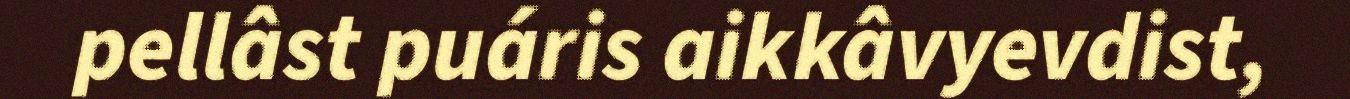
pellâst puáris aikkâvyevdist,